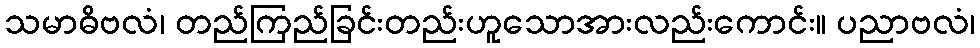
သမာဓိဗလံ၊ တည်ကြည်ခြင်းတည်းဟူသောအားလည်းကောင်း။ ပညာဗလံ၊